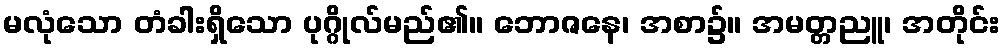
မလုံသော တံခါးရှိသော ပုဂ္ဂိုလ်မည်၏။ ဘောဇနေ၊ အစာ၌။ အမတ္တညူ၊ အတိုင်း